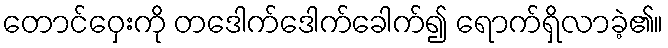
တောင်ဝှေးကို တဒေါက်ဒေါက်ခေါက်၍ ရောက်ရှိလာခဲ့၏။